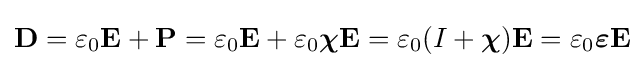
\mathbf {D} =\varepsilon _{0}\mathbf {E} +\mathbf {P} =\varepsilon _{0}\mathbf {E} +\varepsilon _{0}{\boldsymbol {\chi }}\mathbf {E} =\varepsilon _{0}(I+{\boldsymbol {\chi }})\mathbf {E} =\varepsilon _{0}{\boldsymbol {\varepsilon }}\mathbf {E}